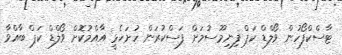
ޓާސްކްފޯހުން ވޯލްޑް ކަޕް ފިނިމޫސުމަަށް ފަސްކުރަން ހުށަހެޅީ އާއްމުކޮށް ވޯލްޑް ކަޕް ބާއްވާ